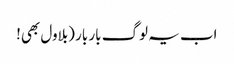
اب یہ لوگ بار بار (بلاول بھی!